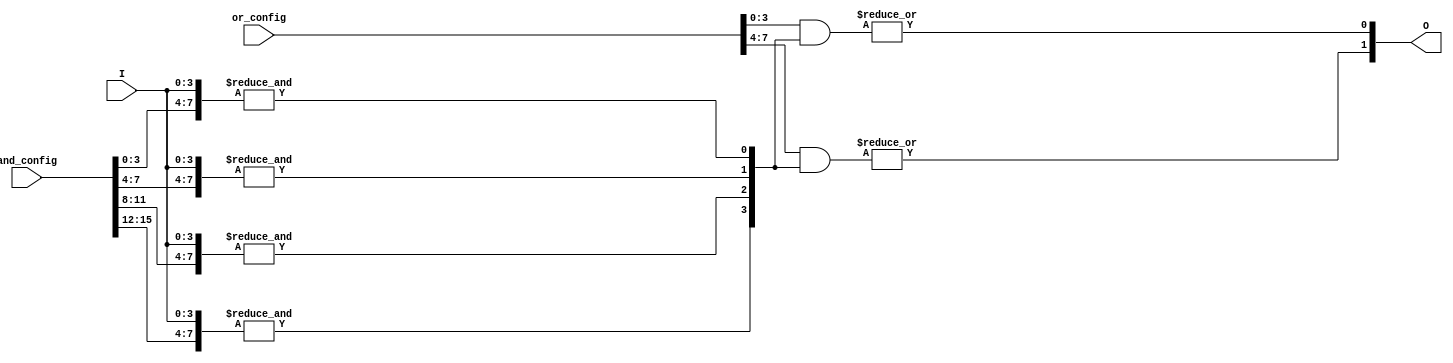
module SPAL #(
    parameter N = 4,  // Number of input signals
    parameter K = 4,  // Number of AND gates
    parameter L = 2   // Number of OR gates
)(
    input wire [N-1:0] I,              // Input signals
    input wire [K*N-1:0] and_config,   // Configuration for AND gates
    input wire [L*K-1:0] or_config,     // Configuration for OR gates
    output wire [L-1:0] O               // Output signals
);

    // Intermediate product terms
    wire [K-1:0] product_terms;

    // Programmable AND array
    genvar i, j;
    generate
        for (i = 0; i < K; i = i + 1) begin : and_array
            wire [N-1:0] and_inputs;
            assign and_inputs = and_config[i*N +: N]; // Select N inputs for the i-th AND gate
            assign product_terms[i] = &({and_inputs, I}); // AND operation
        end
    endgenerate

    // Programmable OR array
    generate
        for (j = 0; j < L; j = j + 1) begin : or_array
            wire [K-1:0] or_inputs;
            assign or_inputs = or_config[j*K +: K]; // Select K product terms for the j-th OR gate
            assign O[j] = |(or_inputs & product_terms); // OR operation
        end
    endgenerate

endmodule